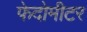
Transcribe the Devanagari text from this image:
फेदोमीटर